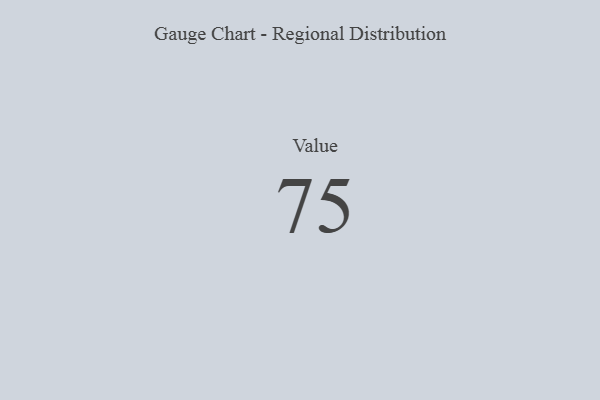
{"axis": {"x": "Metric", "y": "Value"}, "legend": [""], "data": [{"x": "Value", "y": 75, "type": ""}]}